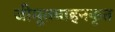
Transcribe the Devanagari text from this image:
जीमूतवाहनकृत